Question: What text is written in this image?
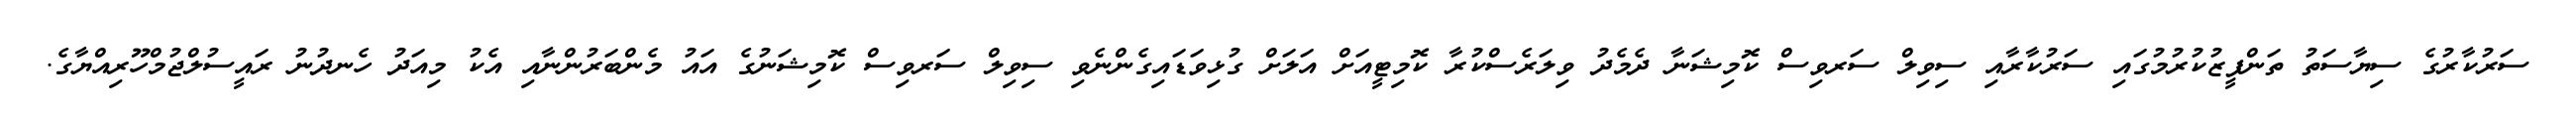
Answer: ސަރުކާރުގެ ސިޔާސަތު ތަންފީޒުކުރުމުގައި ސަރުކާރާއި ސިވިލް ސަރވިސް ކޮމިޝަނާ ދެމެދު ވިލަރެސްކުރާ ކޮމިޓީއަށް އަލަށް ގުޅިވަޑައިގެންނެވި ސިވިލް ސަރވިސް ކޮމިޝަނުގެ އައު މެންބަރުންނާއި އެކު މިއަދު ހެނދުނު ރައީސުލްޖުމްހޫރިއްޔާގެ.